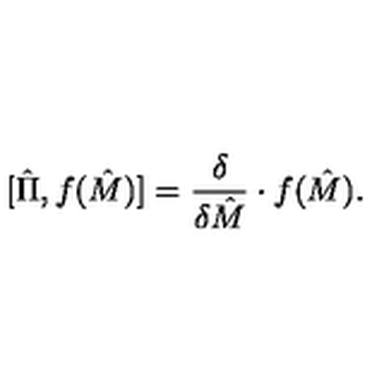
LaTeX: [ \hat { \Pi } , f ( \hat { M } ) ] = { \frac { \delta } { \delta \hat { M } } } \cdot f ( \hat { M } ) .